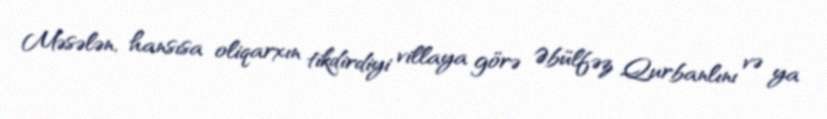
Məsələn, hansısa oliqarxın tikdirdiyi villaya görə Əbülfəz Qurbanlını və ya